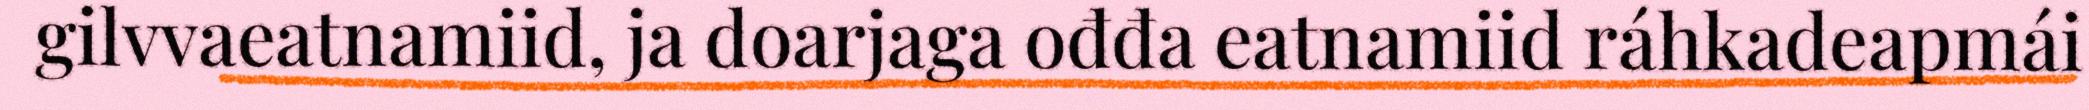
gilvvaeatnamiid, ja doarjaga ođđa eatnamiid ráhkadeapmái